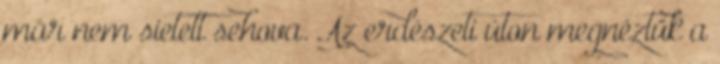
már nem sietett sehova. Az erdészeti úton megnéztük a